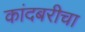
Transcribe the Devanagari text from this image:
कांदबरीचा